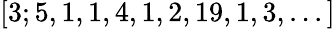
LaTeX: [3;5,1,1,4,1,2,19,1,3,...]